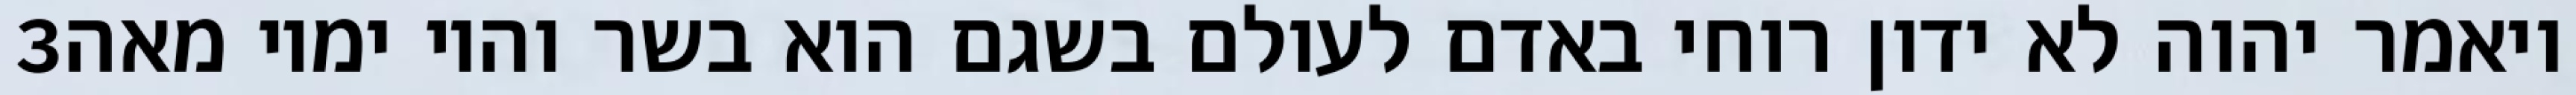
‎3‏ ויאמר יהוה לא ידון רוחי באדם לעולם בשגם הוא בשר והיו ימיו מאה